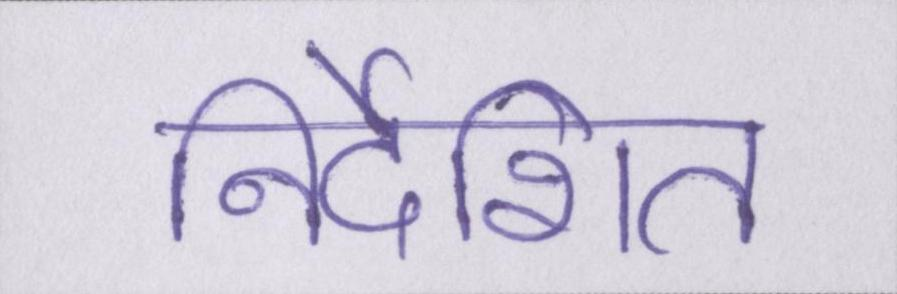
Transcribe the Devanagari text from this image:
निर्देशित